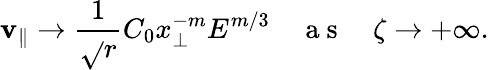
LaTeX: \mathbf{v}_{\parallel}\rightarrow\frac{{1}}{{\sqrt{}{{r}}}}C_{0}x_{\perp}^{-m}E^{m/3}\quad\mathrm{{~a~s~}}\quad\zeta\rightarrow+\infty.